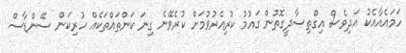
ހަމައެއާއެކު އަދިވެސް އިގްތިސާދީގޮތުން ގައުމު ކުރިއެރުވުމަށް ކުރެވޭނެ ގިނަ ކަންތައްތަކެއް ހުރިކަން ސޭންޑާސް